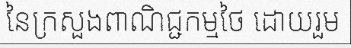
នៃក្រសួងពាណិជ្ជកម្មថៃ ដោយរួម